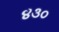
૪૩૦